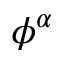
\phi ^ { \alpha }